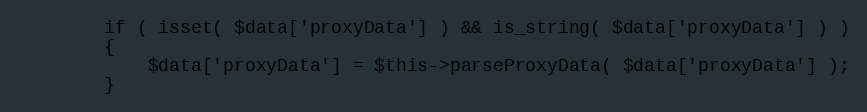
Language: PHP
        if ( isset( $data['proxyData'] ) && is_string( $data['proxyData'] ) )
        {
            $data['proxyData'] = $this->parseProxyData( $data['proxyData'] );
        }